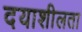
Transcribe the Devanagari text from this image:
दयाशीलता